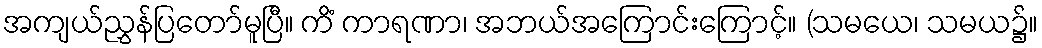
အကျယ်ညွှန်ပြတော်မူပြီ။ ကိံ ကာရဏာ၊ အဘယ်အကြောင်းကြောင့်။ (သမယေ၊ သမယ၌။